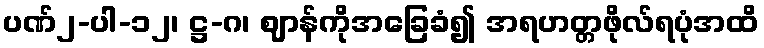
ပဏ်၂-ပါ-၁၂၊ ဋ္ဌ-ဂ၊ ဈာန်ကိုအခြေခံ၍ အရဟတ္တဖိုလ်ရပုံအထိ